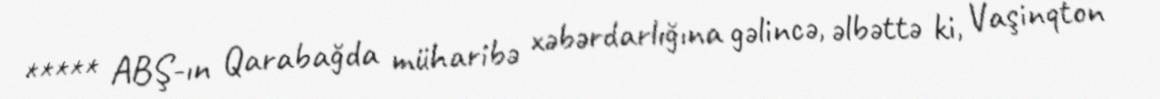
***** ABŞ-ın Qarabağda müharibə xəbərdarlığına gəlincə, əlbəttə ki, Vaşinqton